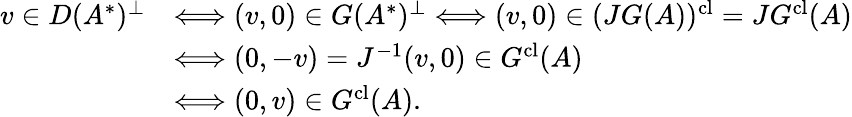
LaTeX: {\begin{array}{rl}{v\in D(A^{*})^{\perp}}&{\Longleftrightarrow(v,0)\in G(A^{*})^{\perp}\Longleftrightarrow(v,0)\in(JG(A))^{\mathrm{cl}}=JG^{\mathrm{cl}}(A)}\\ &{\Longleftrightarrow(0,-v)=J^{-1}(v,0)\in G^{\mathrm{cl}}(A)}\\ &{\Longleftrightarrow(0,v)\in G^{\mathrm{cl}}(A).}\end{array}}